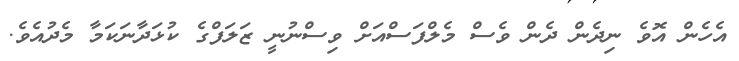
އެހެން އޮވެ ނިދެން ދެން ވެސް މެލްފަސްއަށް ވިސްނުނީ ޒަލަފްގެ ކުޅަދާނަކަމާ މެދުއެވެ.